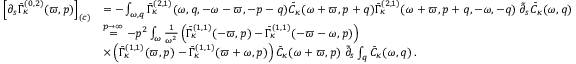
\begin{array} { r l } { \left[ \partial _ { s } \bar { \Gamma } _ { \kappa } ^ { ( 0 , 2 ) } ( \varpi , p ) \right] _ { ( c ) } } & { = - \int _ { \omega , q } \bar { \Gamma } _ { \kappa } ^ { ( 2 , 1 ) } ( \omega , q , - \omega - \varpi , - p - q ) \bar { C } _ { \kappa } ( \omega + \varpi , p + q ) \bar { \Gamma } _ { \kappa } ^ { ( 2 , 1 ) } ( \omega + \varpi , p + q , - \omega , - q ) \; \tilde { \partial } _ { s } \bar { C } _ { \kappa } ( \omega , q ) } \\ & { \stackrel { p \to \infty } { = } - p ^ { 2 } \int _ { \omega } \frac 1 { \omega ^ { 2 } } \left( \bar { \Gamma } _ { \kappa } ^ { ( 1 , 1 ) } ( - \varpi , p ) - \bar { \Gamma } _ { \kappa } ^ { ( 1 , 1 ) } ( - \varpi - \omega , p ) \right) } \\ & { \times \left( \bar { \Gamma } _ { \kappa } ^ { ( 1 , 1 ) } ( \varpi , p ) - \bar { \Gamma } _ { \kappa } ^ { ( 1 , 1 ) } ( \varpi + \omega , p ) \right) \bar { C } _ { \kappa } ( \omega + \varpi , p ) \; \tilde { \partial } _ { s } \int _ { q } \bar { C } _ { \kappa } ( \omega , q ) \, . } \end{array}